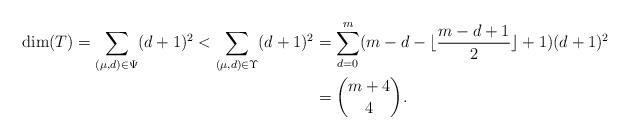
LaTeX: \begin{align*}{\rm dim}(T)=\sum_{(\mu,d)\in \Psi}(d+1)^2<\sum_{(\mu,d)\in \Upsilon}(d+1)^2&=\sum^m_{d=0}(m-d-\lfloor\frac{m-d+1}{2}\rfloor+1)(d+1)^2\\&={m+4\choose 4}.\end{align*}